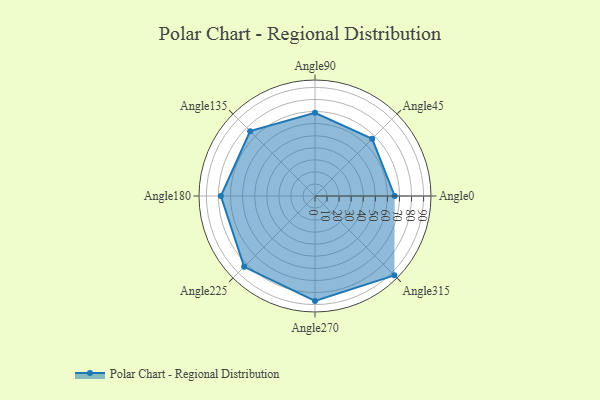
{"axis": {"x": "Angle", "y": "Radius"}, "legend": [""], "data": [{"x": "Angle0", "y": 66.0, "type": ""}, {"x": "Angle45", "y": 67.0, "type": ""}, {"x": "Angle90", "y": 69.0, "type": ""}, {"x": "Angle135", "y": 76.0, "type": ""}, {"x": "Angle180", "y": 78.0, "type": ""}, {"x": "Angle225", "y": 83.0, "type": ""}, {"x": "Angle270", "y": 87.0, "type": ""}, {"x": "Angle315", "y": 93.0, "type": ""}]}